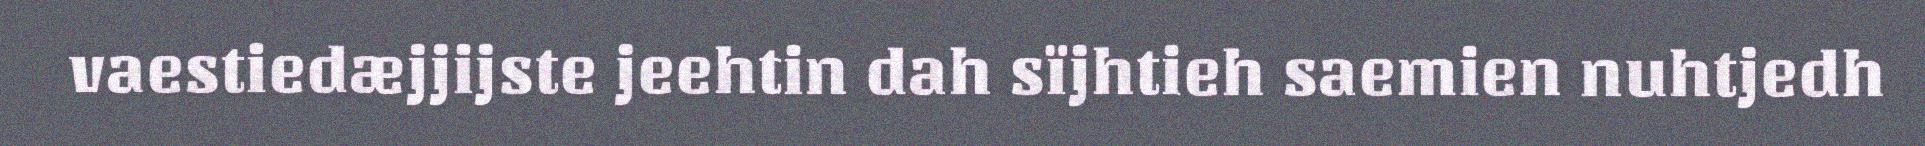
vaestiedæjjijste jeehtin dah sïjhtieh saemien nuhtjedh